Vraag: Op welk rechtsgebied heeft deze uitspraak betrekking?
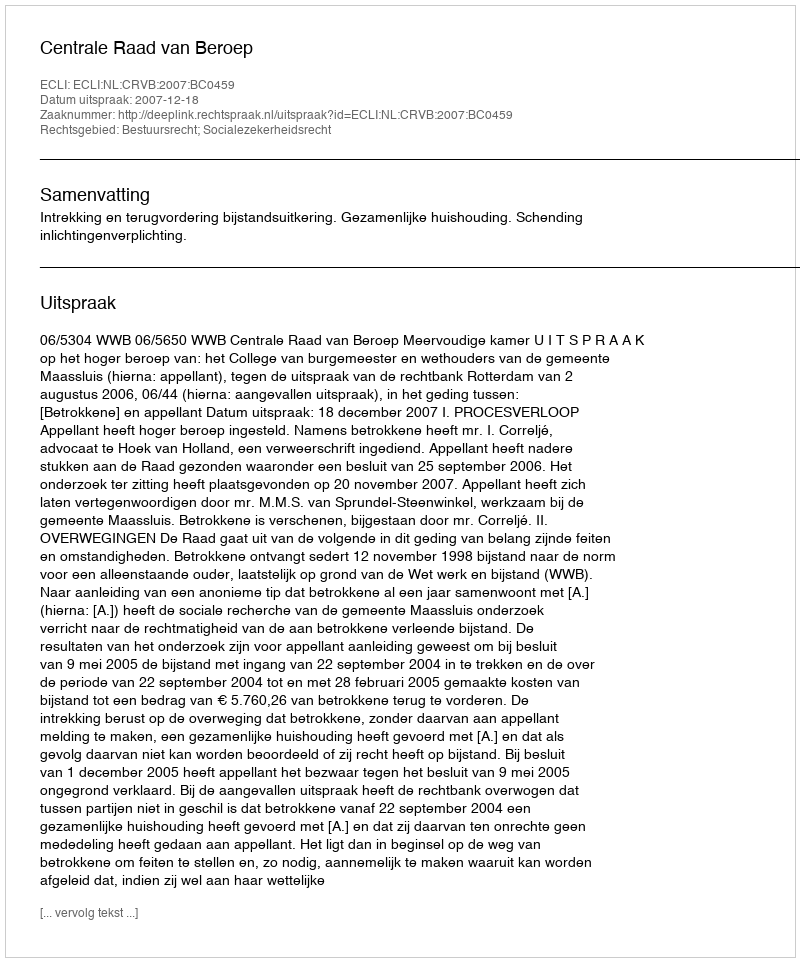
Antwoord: Bestuursrecht; Socialezekerheidsrecht